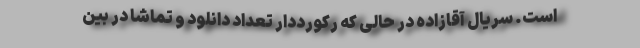
است. سریال آقازاده در حالی که رکورددار تعداد دانلود و تماشا در بین